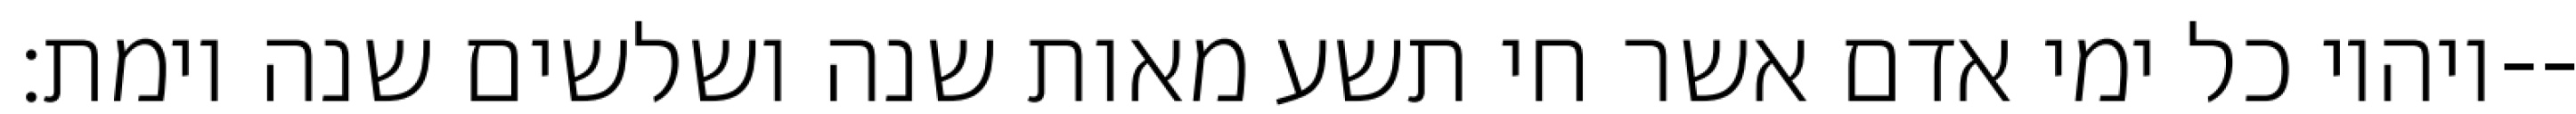
ויהיו כל ימי אדם אשר חי תשע מאות שנה ושלשים שנה וימת׃--